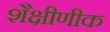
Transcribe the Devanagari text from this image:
शैक्षीणीक